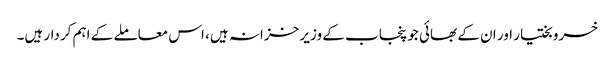
خسرو بختیار اور ان کے بھائی جو پنجاب کے وزیر خزانہ ہیں، اس معاملے کے اہم کردار ہیں۔